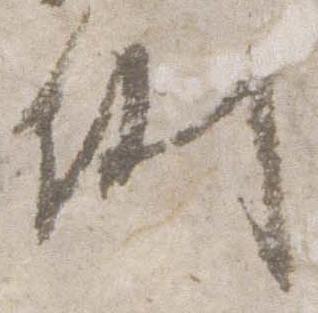
例